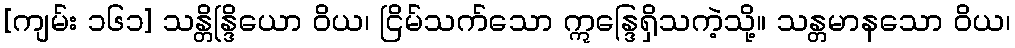
[ကျမ်း ၁၆၁] သန္တိန္ဒြိယော ဝိယ၊ ငြိမ်သက်သော ဣန္ဒြေရှိသကဲ့သို့။ သန္တမာနသော ဝိယ၊